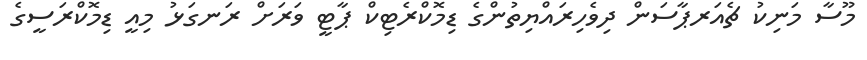
މޫސާ މަނިކު ޗެއަރޕާސަން ދިވެހިރައްޔިތުންގެ ޑިމޮކްރެޓިކް ޕާޓީ ވަރަށް ރަނގަޅު މިއީ ޑިމޮކްރަސީގެ